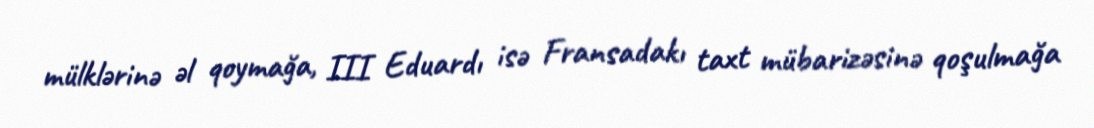
mülklərinə əl qoymağa, III Eduardı isə Fransadakı taxt mübarizəsinə qoşulmağa